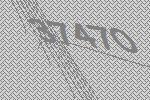
37470